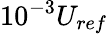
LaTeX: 10^{-3}U_{ref}